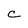
Character: c